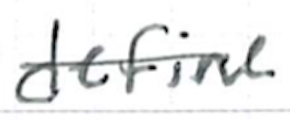
Text: define
Cross-out: single-line
Writing tool: ballpoint